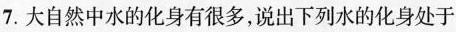
7.大自然中水的化身有很多，说出下列水的化身处于